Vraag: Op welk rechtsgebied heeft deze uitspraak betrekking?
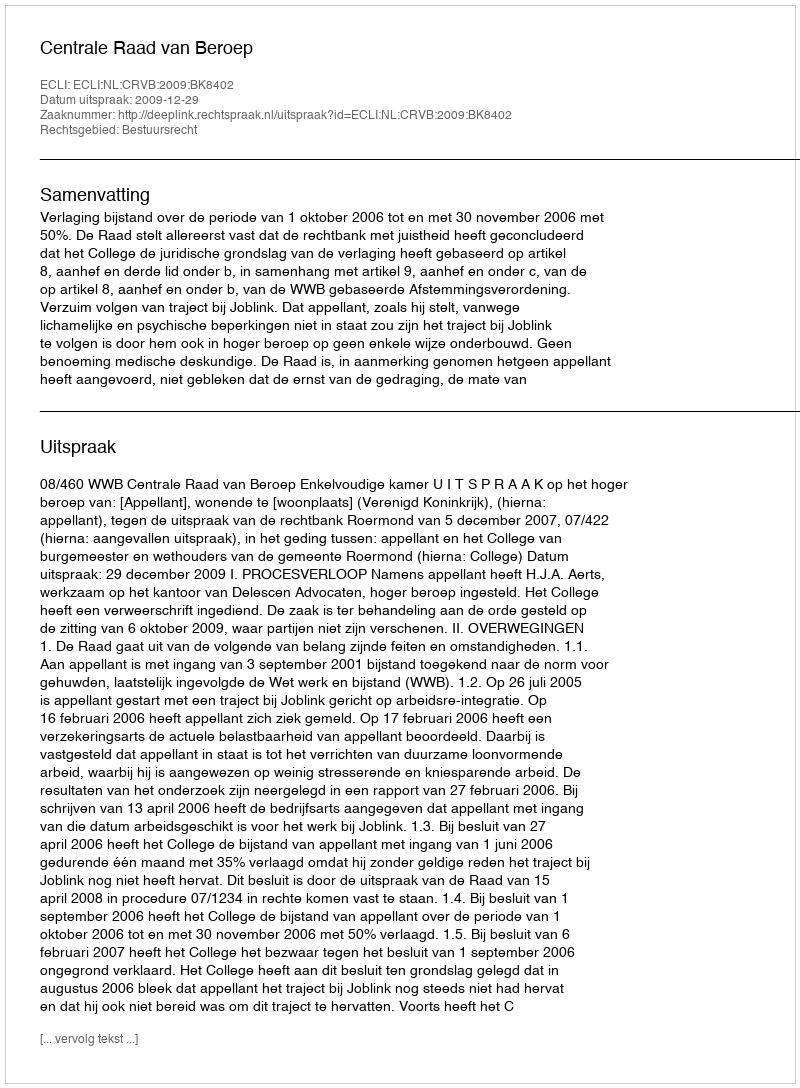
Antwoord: Bestuursrecht